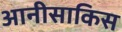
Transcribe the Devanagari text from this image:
आनीसाकिस